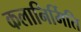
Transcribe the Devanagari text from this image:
कलानिर्मिति